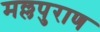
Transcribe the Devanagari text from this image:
मल्लपुराण